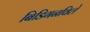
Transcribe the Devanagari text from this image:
बिडिगनविले